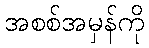
အစစ်အမှန်ကို